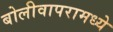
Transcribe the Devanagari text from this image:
बोलीवापरामध्ये